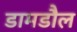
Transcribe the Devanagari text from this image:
डामडौल